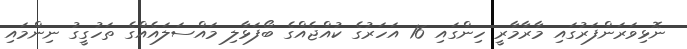
ނޮޅިވަރަންފަރުގައި މާރާމާރީ ހިންގައި 16 އަހަރުގެ ކުއްޖެއްގެ ބޯފަޅާލި މައްސަލައެއްގެ ތަހުގީގު ނިންމައި